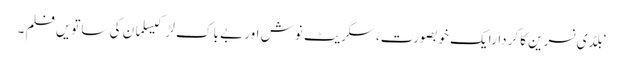
‘بلڈی نسرین کا کردارایک خوبصورت، سگریٹ نوش اور بے باک لڑکیسلمان کی ساتویں فلم ۔